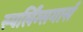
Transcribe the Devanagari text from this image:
स्पर्लिंग्सगार्स